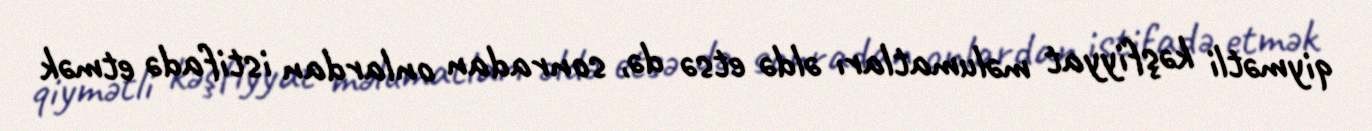
qiymətli kəşfiyyat məlumatları əldə etsə də, sonradan onlardan istifadə etmək